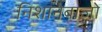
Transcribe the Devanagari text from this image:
निशानेबाज़ो